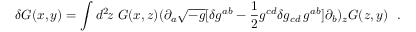
\delta G ( x , y ) = \int d ^ { 2 } \! z \ G ( x , z ) ( \partial _ { a } \sqrt { - g } [ \delta g ^ { a b } - { \frac { 1 } { 2 } } g ^ { c d } \delta g _ { c d } \, g ^ { a b } ] \partial _ { b } ) _ { z } G ( z , y ) \ \ .